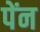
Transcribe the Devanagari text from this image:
पेंन